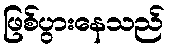
ဖြစ်ပွားနေသည်